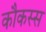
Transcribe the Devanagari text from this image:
कौकस्स